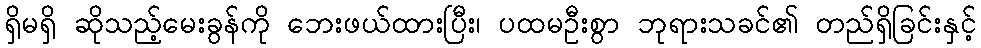
ရှိမရှိ ဆိုသည့်မေးခွန်ကို ဘေးဖယ်ထားပြီး၊ ပထမဦးစွာ ဘုရားသခင်၏ တည်ရှိခြင်းနှင့်